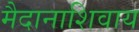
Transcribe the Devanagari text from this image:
मैदानाशिवाय